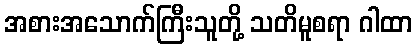
အစားအသောက်ကြီးသူတို့ သတိမူစရာ ဂါထာ